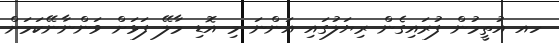
ހއ އުތީމުން ފުރައިގެން ރިޔަލުގައި އަންނަ މި އޮޑި މާލޭ ފަޅަށް ވަންނާނޭކަމަށް